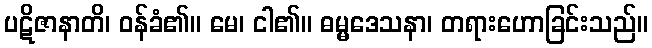
ပဋိဇာနာတိ၊ ဝန်ခံ၏။ မေ၊ ငါ၏။ ဓမ္မဒေသနာ၊ တရားဟောခြင်းသည်။